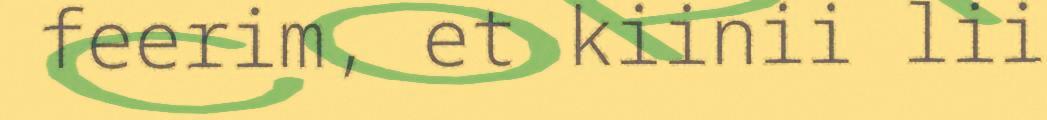
feerim, et kiinii lii